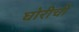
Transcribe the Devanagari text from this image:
घोरीची